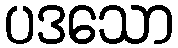
ပဒသော